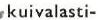
kuivalasti-